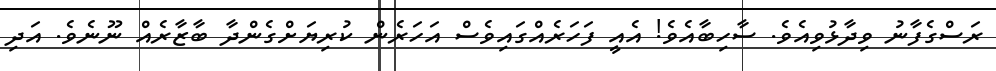
ރަސްގެފާނު ވިދާޅުވިއެވެ. ސާހިބާއެވެ! އެއީ ފަހަރެއްގައިވެސް އަހަރެން ކުރިޔަށްގެންދާ ބާޒާރެއް ނޫނެވެ. އަދި